Document type: Sale
Year: 1435
Scribe: Pere Soler
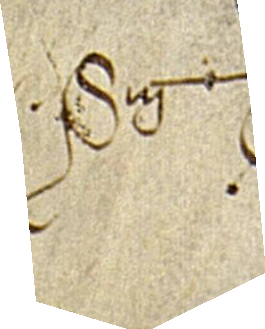
Sig